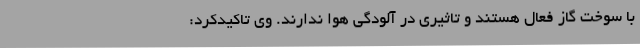
با سوخت گاز فعال هستند و تاثیری در آلودگی هوا ندارند. وی تاکیدکرد: